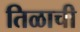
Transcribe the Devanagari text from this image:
तिळाची